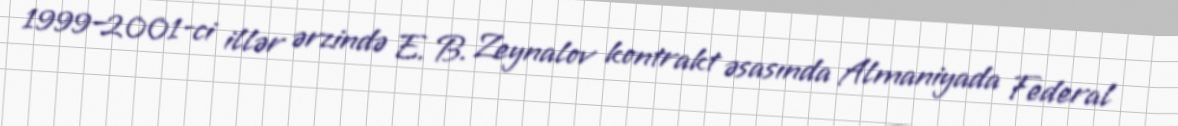
1999–2001-ci illər ərzində E. B. Zeynalov kontrakt əsasında Almaniyada Federal